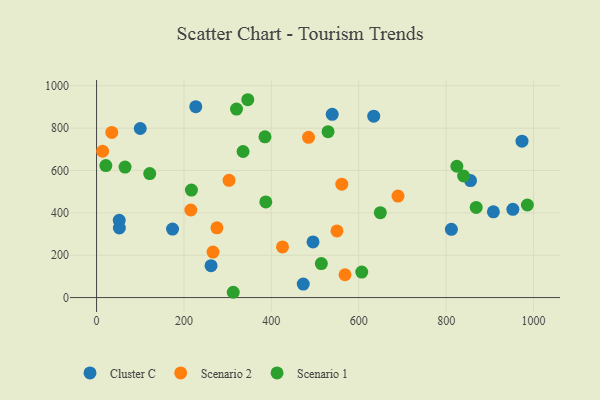
{"axis": {"x": "Price", "y": "Exam Score"}, "legend": ["Cluster C", "Scenario 1", "Scenario 2"], "data": [{"x": "100.0", "y": 798.4, "type": "Cluster C"}, {"x": "855.8", "y": 552.5, "type": "Cluster C"}, {"x": "52.2", "y": 328.5, "type": "Cluster C"}, {"x": "908.1", "y": 405.0, "type": "Cluster C"}, {"x": "227.1", "y": 901.6, "type": "Cluster C"}, {"x": "539.3", "y": 865.3, "type": "Cluster C"}, {"x": "634.3", "y": 856.5, "type": "Cluster C"}, {"x": "262.0", "y": 150.7, "type": "Cluster C"}, {"x": "952.7", "y": 416.6, "type": "Cluster C"}, {"x": "812.0", "y": 322.1, "type": "Cluster C"}, {"x": "973.6", "y": 738.7, "type": "Cluster C"}, {"x": "51.9", "y": 364.8, "type": "Cluster C"}, {"x": "473.0", "y": 63.9, "type": "Cluster C"}, {"x": "495.4", "y": 262.9, "type": "Cluster C"}, {"x": "173.9", "y": 323.5, "type": "Cluster C"}, {"x": "425.5", "y": 239.3, "type": "Scenario 2"}, {"x": "689.8", "y": 479.4, "type": "Scenario 2"}, {"x": "303.2", "y": 553.5, "type": "Scenario 2"}, {"x": "568.6", "y": 107.8, "type": "Scenario 2"}, {"x": "485.1", "y": 756.7, "type": "Scenario 2"}, {"x": "215.7", "y": 413.6, "type": "Scenario 2"}, {"x": "561.2", "y": 535.3, "type": "Scenario 2"}, {"x": "550.1", "y": 314.7, "type": "Scenario 2"}, {"x": "34.9", "y": 780.0, "type": "Scenario 2"}, {"x": "13.9", "y": 691.0, "type": "Scenario 2"}, {"x": "266.5", "y": 215.0, "type": "Scenario 2"}, {"x": "275.5", "y": 329.3, "type": "Scenario 2"}, {"x": "21.3", "y": 623.2, "type": "Scenario 1"}, {"x": "840.0", "y": 574.0, "type": "Scenario 1"}, {"x": "529.8", "y": 783.2, "type": "Scenario 1"}, {"x": "65.2", "y": 616.1, "type": "Scenario 1"}, {"x": "217.1", "y": 507.5, "type": "Scenario 1"}, {"x": "868.8", "y": 425.7, "type": "Scenario 1"}, {"x": "320.3", "y": 890.0, "type": "Scenario 1"}, {"x": "335.3", "y": 689.8, "type": "Scenario 1"}, {"x": "346.1", "y": 934.3, "type": "Scenario 1"}, {"x": "312.8", "y": 25.0, "type": "Scenario 1"}, {"x": "824.5", "y": 620.2, "type": "Scenario 1"}, {"x": "985.9", "y": 437.1, "type": "Scenario 1"}, {"x": "649.4", "y": 401.0, "type": "Scenario 1"}, {"x": "121.7", "y": 585.5, "type": "Scenario 1"}, {"x": "387.3", "y": 451.7, "type": "Scenario 1"}, {"x": "514.4", "y": 160.3, "type": "Scenario 1"}, {"x": "606.9", "y": 120.2, "type": "Scenario 1"}, {"x": "385.4", "y": 759.1, "type": "Scenario 1"}]}